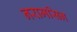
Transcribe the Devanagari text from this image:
नरामसिन